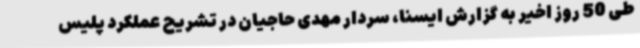
طی 50 روز اخیر به گزارش ایسنا، سردار مهدی حاجیان در تشریح عملکرد پلیس